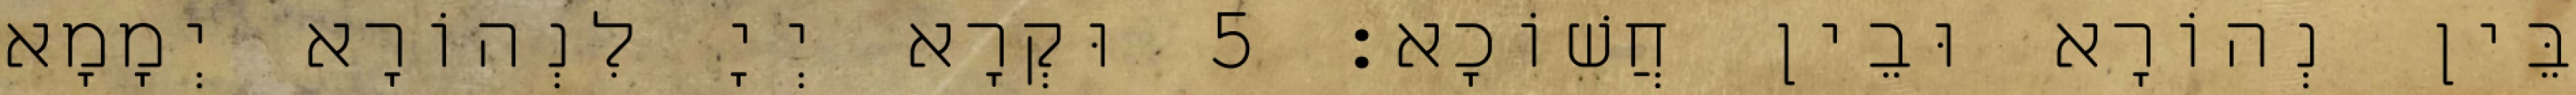
בֵּין נְהוֹרָא וּבֵין חֲשׁוֹכָא׃ 5 וּקְרָא יְיָ לִנְהוֹרָא יְמָמָא